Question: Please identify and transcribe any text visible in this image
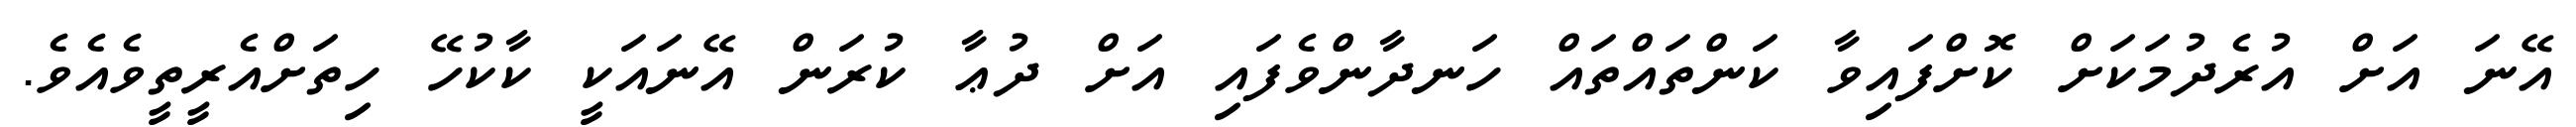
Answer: އޭނަ އަށް އުރެދުމަކަށް ކޮށްފައިވާ ކަންތައްތައް ހަނދާންވެފައި އަށް ދުޢާ ކުރަން އޭނައަކީ ކާކުހޭ ހިތަށްއެރީތީވެއެވެ.